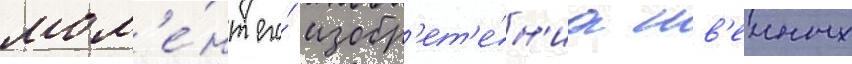
мом'е́нт его́ изобр'ет'е́н'иа шв'еиных